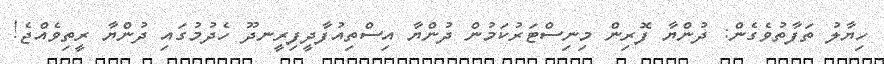
ހިޔާލު ތަފާތުވެގެން: ދުންޔާ ފޮރިން މިނިސްޓަރުކަމުން ދުންޔާ އިސްތިއުފާދީފިރީނދޫ ހެދުމުގައި ދުންޔާ ރީތިވެއްޖެ!